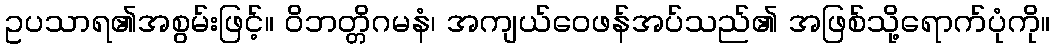
ဥပသာရ၏အစွမ်းဖြင့်။ ဝိဘတ္တိဂမနံ၊ အကျယ်ဝေဖန်အပ်သည်၏ အဖြစ်သို့ရောက်ပုံကို။